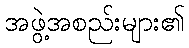
အဖွဲ့အစည်းများ၏